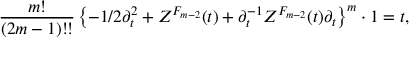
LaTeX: { \frac { m ! } { ( 2 m - 1 ) ! ! } } \left\{ - 1 / 2 \partial _ { t } ^ { 2 } + { \cal Z } ^ { F _ { m - 2 } } ( t ) + \partial _ { t } ^ { - 1 } { \cal Z } ^ { F _ { m - 2 } } ( t ) \partial _ { t } \right\} ^ { m } \cdot 1 = t ,